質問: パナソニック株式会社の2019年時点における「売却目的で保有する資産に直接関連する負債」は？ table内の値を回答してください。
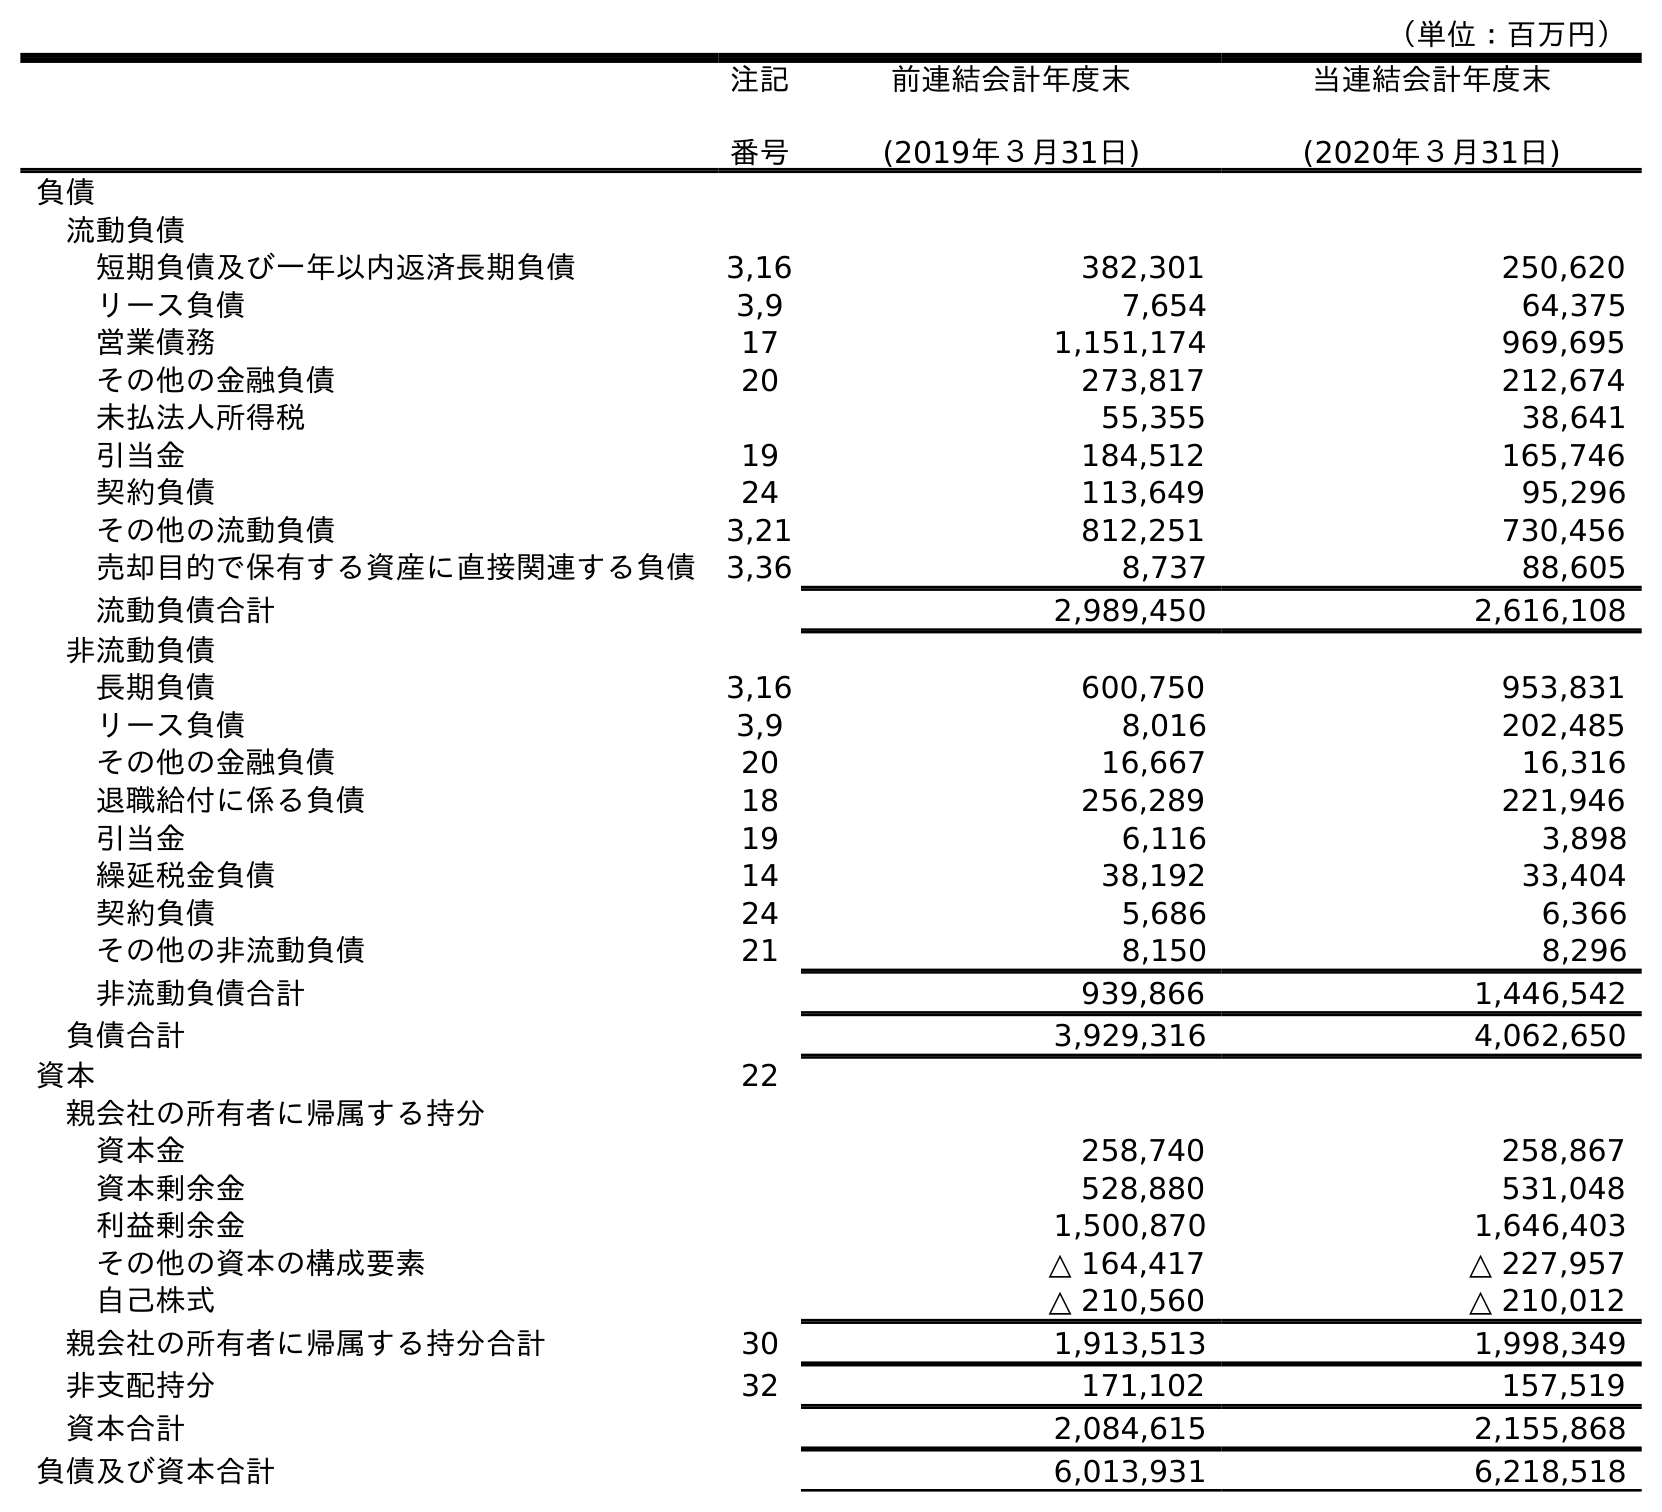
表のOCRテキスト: （単位：百万円） 注記 番号 前連結会計年度末 (2019年３月31日) 当連結会計年度末 (2020年３月31日) 負債 流動負債 短期負債及び一年以内返済長期負債 3,16 382,301 250,620 リース負債 3,9 7,654 64,375 営業債務 17 1,151,174 969,695 その他の金融負債 20 273,817 212,674 未払法人所得税 55,355 38,641 引当金 19 184,512 165,746 契約負債 24 113,649 95,296 その他の流動負債 3,21 812,251 730,456 売却目的で保有する資産に直接関連する負債 3,36 8,737 88,605 流動負債合計 2,989,450 2,616,108 非流動負債 長期負債 3,16 600,750 953,831 リース負債 3,9 8,016 202,485 その他の金融負債 20 16,667 16,316 退職給付に係る負債 18 256,289 221,946 引当金 19 6,116 3,898 繰延税金負債 14 38,192 33,404 契約負債 24 5,686 6,366 その他の非流動負債 21 8,150 8,296 非流動負債合計 939,866 1,446,542 負債合計 3,929,316 4,062,650 資本 22 親会社の所有者に帰属する持分 資本金 258,740 258,867 資本剰余金 528,880 531,048 利益剰余金 1,500,870 1,646,403 その他の資本の構成要素 △ 164,417 △ 227,957 自己株式 △ 210,560 △ 210,012 親会社の所有者に帰属する持分合計 30 1,913,513 1,998,349 非支配持分 32 171,102 157,519 資本合計 2,084,615 2,155,868 負債及び資本合計 6,013,931 6,218,518
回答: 8,737